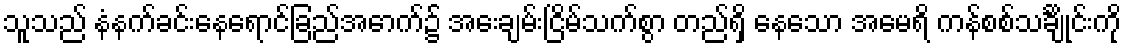
သူသည် နံနက်ခင်းနေရောင်ခြည်အောက်၌ အေးချမ်းငြိမ်သက်စွာ တည်ရှိ နေသော အမေရိ ကန်စစ်သင်္ချိုင်းကို